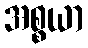
အစ္စယာ